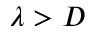
\lambda > D